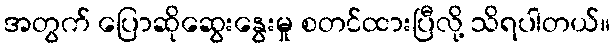
အတွက် ပြောဆိုဆွေးနွေးမှု စတင်ထားပြီလို့ သိရပါတယ်။